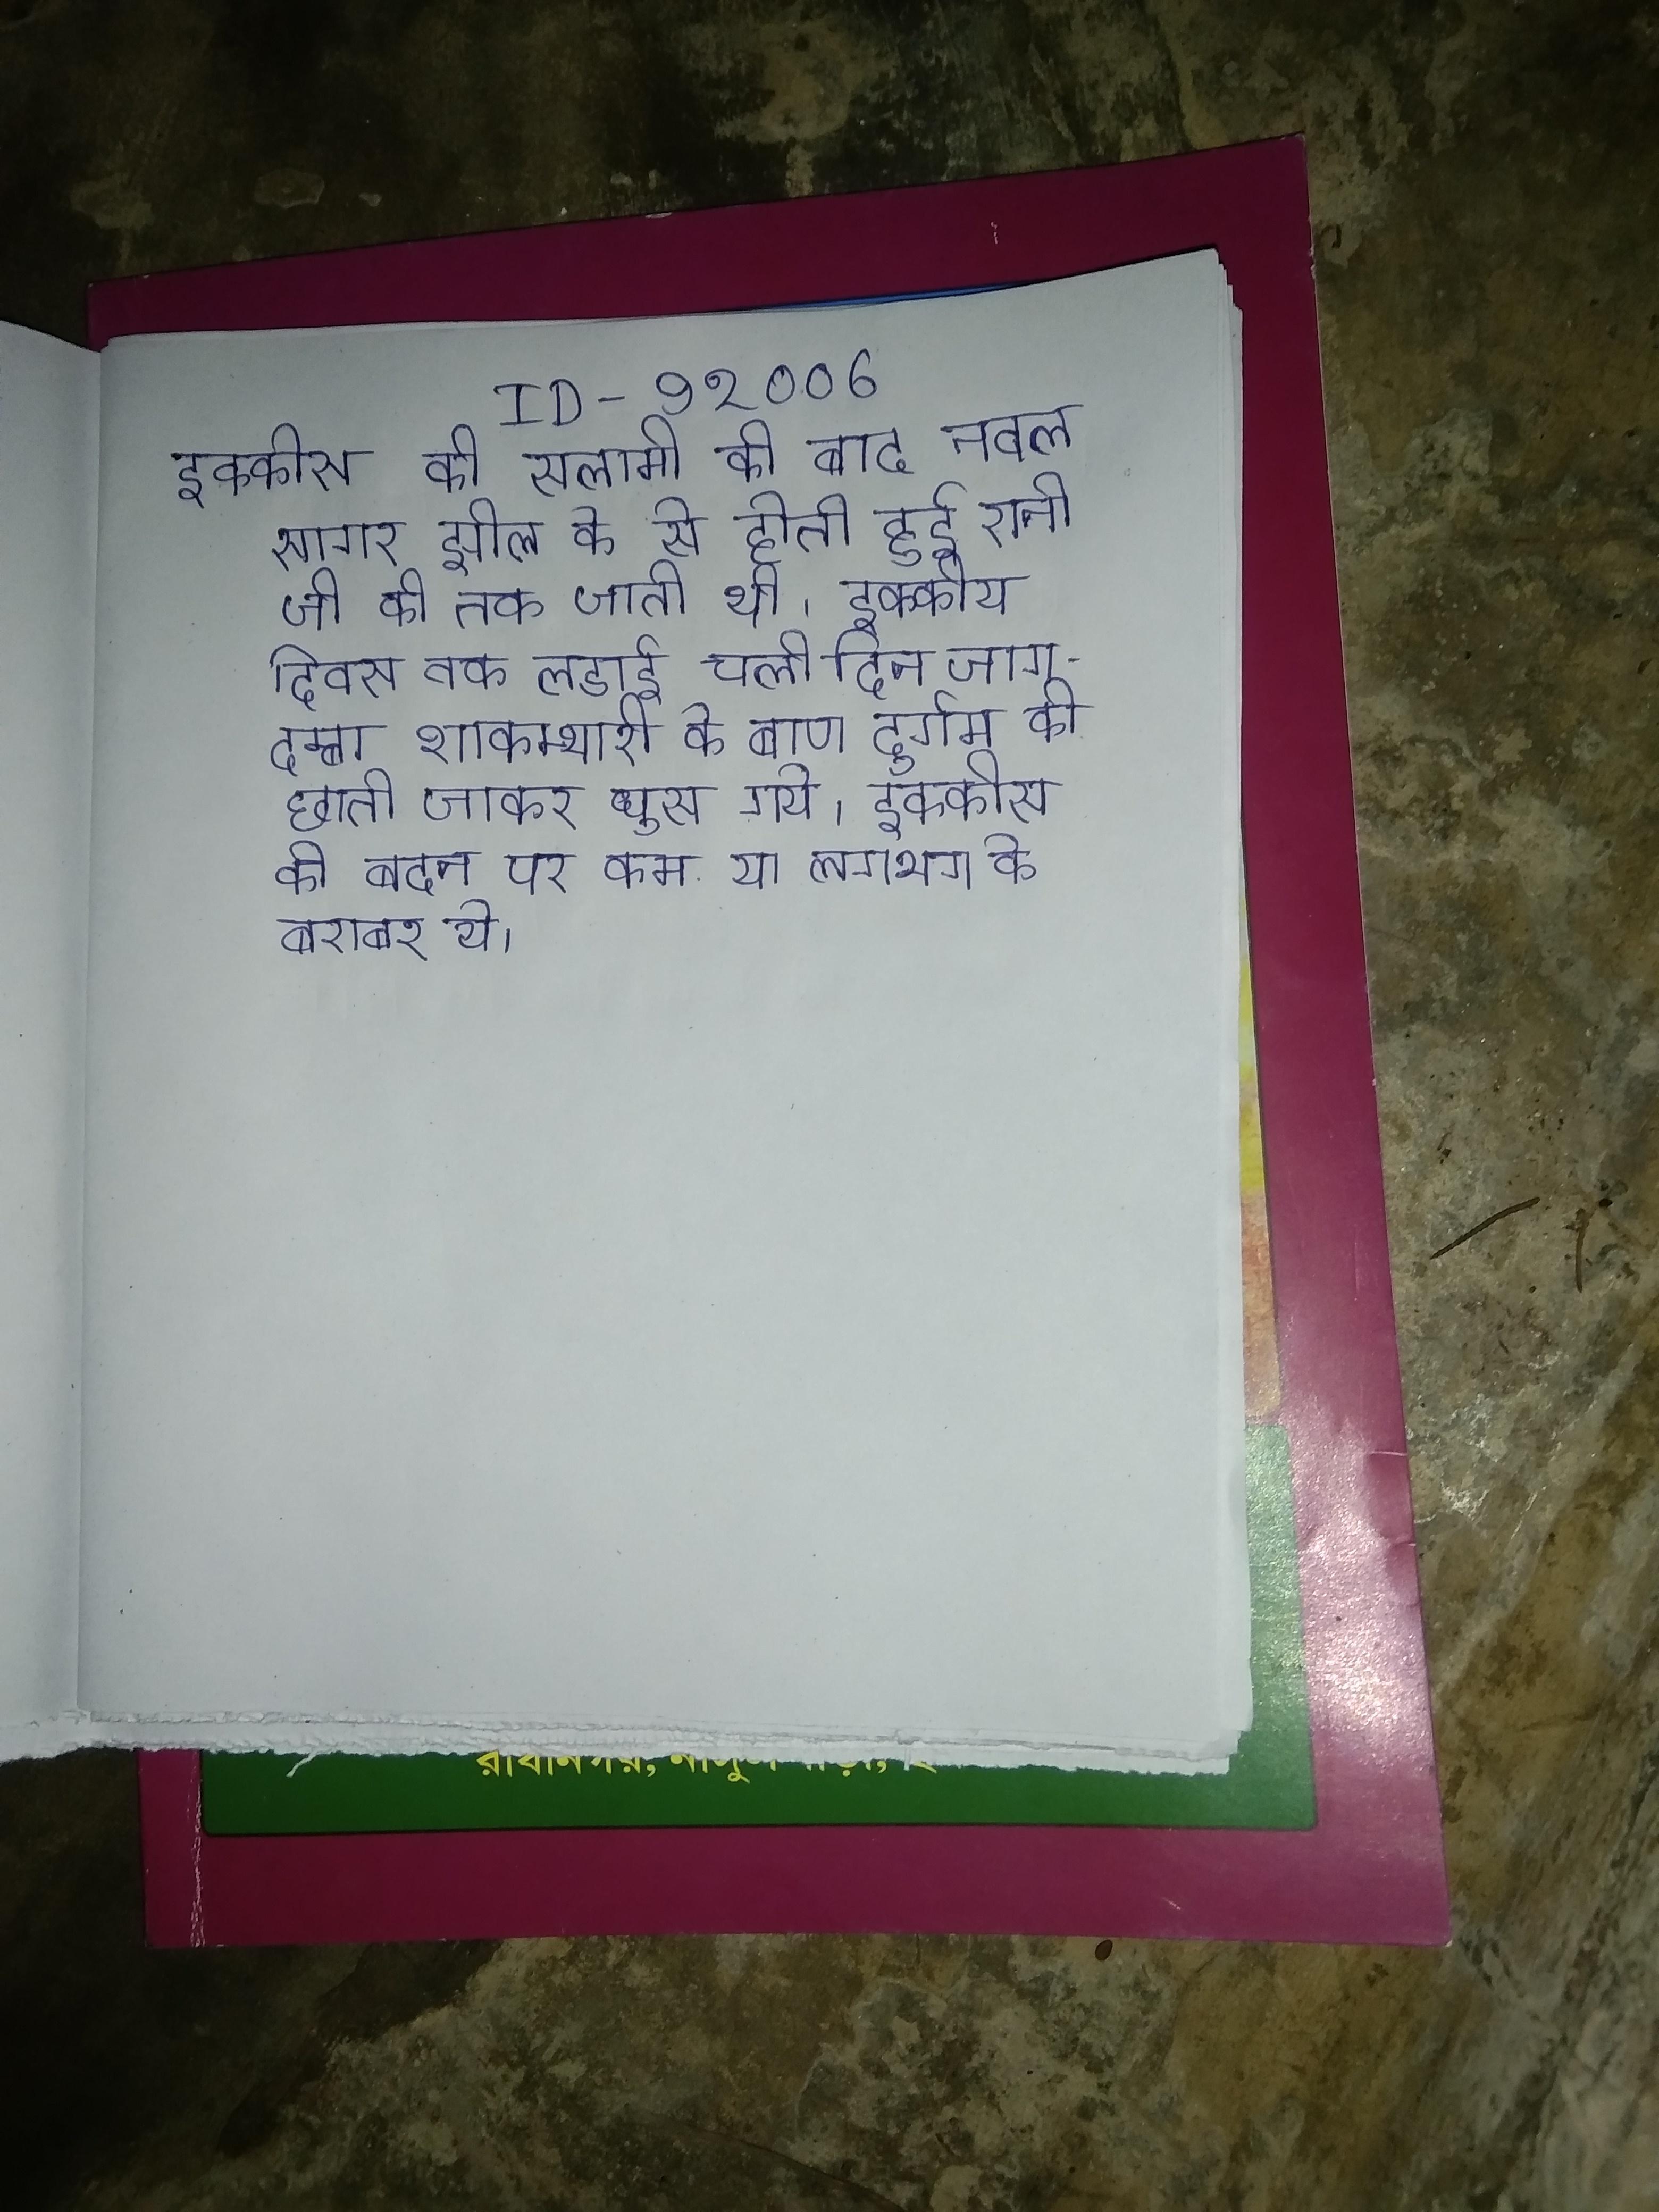
इक्कीस की सलामी के बाद नवल सागर झील के से तीजाइड प्रमुख से होती हुई रानी जी की तक जाती थी । इक्कीस दिवस तक लडाई चली दिन जगदम्बा शाकम्भरी के बाण दुर्गम की छाती जाकर घुस गये । इक्कीस के बदन पर कम या लगभग के बराबर थे ।